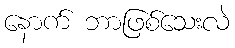
နောက် ဘာဖြစ်သေးလဲ